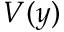
V ( y )